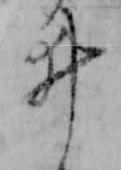
ゐ